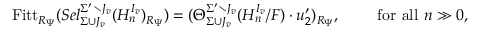
\mathrm { F i t t } _ { R _ { \Psi } } ( S e l _ { \Sigma \cup J _ { v } } ^ { \Sigma ^ { \prime } \setminus J _ { v } } ( H _ { n } ^ { I _ { v } } ) _ { R _ { \Psi } } ) = ( \Theta _ { \Sigma \cup J _ { v } } ^ { \Sigma ^ { \prime } \setminus J _ { v } } ( H _ { n } ^ { I _ { v } } / F ) \cdot u _ { 2 } ^ { \prime } ) _ { R _ { \Psi } } , \qquad \mathrm { ~ f o r ~ a l l ~ } n \gg 0 ,